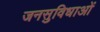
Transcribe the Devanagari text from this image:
जनसुविधाओं